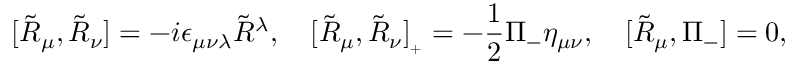
[ \tilde { \cal R } _ { \mu } , \tilde { \cal R } _ { \nu } ] = - i \epsilon _ { \mu \nu \lambda } \tilde { \cal R } { } ^ { \lambda } , \quad [ \tilde { \cal R } _ { \mu } , \tilde { \cal R } _ { \nu } ] _ { { } _ { + } } = - \frac { 1 } { 2 } \Pi _ { - } \eta _ { \mu \nu } , \quad [ \tilde { \cal R } _ { \mu } , \Pi _ { - } ] = 0 ,